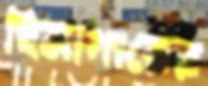
হিমাগারের